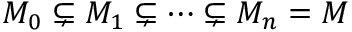
M _ { 0 } \subsetneq M _ { 1 } \subsetneq \cdots \subsetneq M _ { n } = M